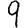
Digit: 9